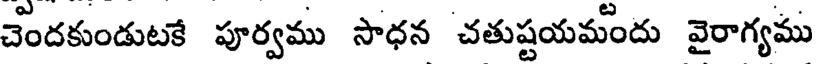
చెందకుండుటకే పూర్వము సాధన చతుష్టయమందు వైరాగ్యము